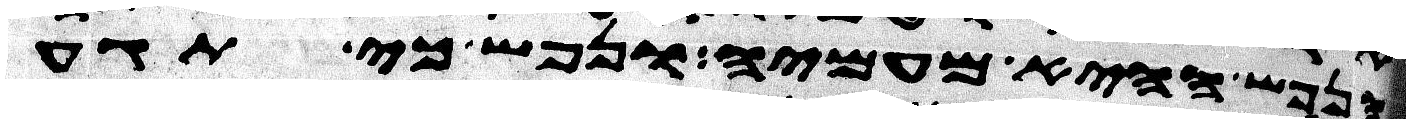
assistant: הנפש ההיא מעמיה ונפש כי תגע